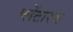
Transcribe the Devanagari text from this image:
प्लेंटारम